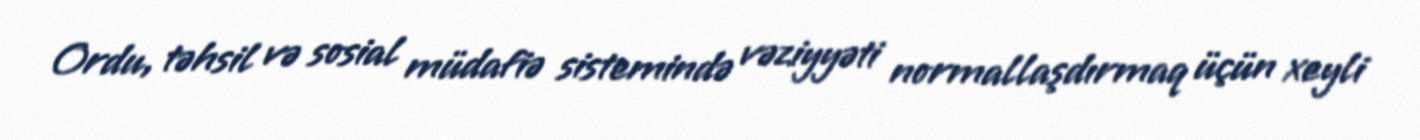
Ordu, təhsil və sosial müdafiə sistemində vəziyyəti normallaşdırmaq üçün xeyli